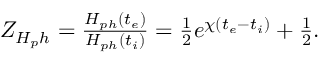
\begin{array} { l } { { Z _ { H _ { p } h } = \frac { H _ { p h } ( t _ { e } ) } { H _ { p h } ( t _ { i } ) } = \frac { 1 } { 2 } e ^ { \chi ( t _ { e } - t _ { i } ) } + \frac { 1 } { 2 } . } } \end{array}